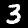
Label: 3